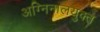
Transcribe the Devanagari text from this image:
अग्निनालयुक्त